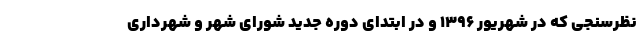
نظرسنجی که در شهریور ۱۳۹۶ و در ابتدای دوره جدید شورای شهر و شهرداری